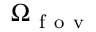
\Omega _ { \mathrm { ~ f ~ o ~ v ~ } }